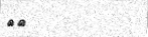
٦٧